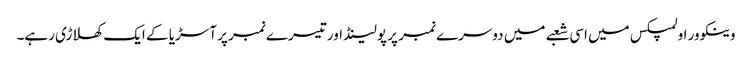
وینکوور اولمپکس میں اسی شعبے میں دوسرے نمبر پر پولینڈ اور تیسرے نمبر پر آسڑیا کے ایک کھلاڑی رہے۔